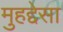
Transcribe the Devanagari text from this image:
मुहद्देसा